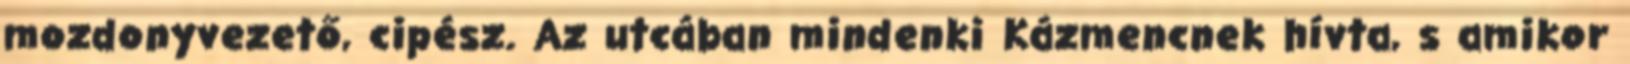
mozdonyvezető, cipész. Az utcában mindenki Kázmencnek hívta, s amikor